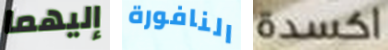
إليهما النافورة اكسدة